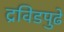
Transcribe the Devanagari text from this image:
द्रविडपुढे